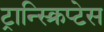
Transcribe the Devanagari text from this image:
ट्रान्स्क्रिप्टेस